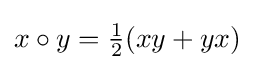
x\circ y={\tfrac {1}{2}}(xy+yx)